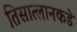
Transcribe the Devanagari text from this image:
तिसात्लानकडे